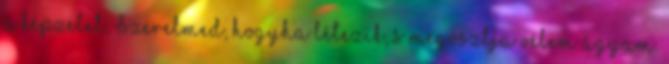
a képzelet, Szerelmed, hogyha létezik, s megosztja vélem ágyam.